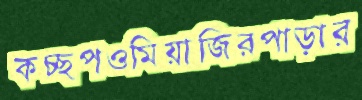
কচ্ছপওমিয়াজিরপাড়ার